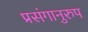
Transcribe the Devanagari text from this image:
प्रसंगानुरुप